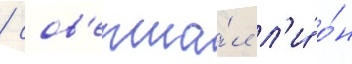
/ сов'ерша́л л'и́ о́н